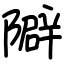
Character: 隦